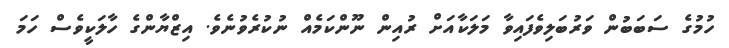
ހުމުގެ ސަބަބުން ވަރުބަލިވެފައިވާ މަލަކާއަށް ރުއިން ނޫންކަމެއް ނުކުރެވުނެވެ. އިޒްޔާންގެ ހާލަކީވެސް ހަމަ